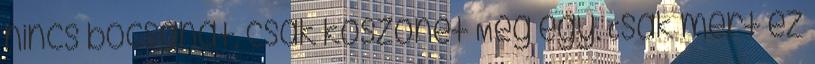
nincs bocsánat, csak köszönet Még egy. Csak mert ez